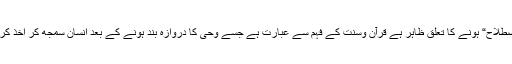
”دینی اصطلاح“ ہونے کا تعلق ظاہر ہے قرآن وسنت کے فہم سے عبارت ہے جسے وحی کا دروازہ بند ہونے کے بعد انسان سمجھ کر اخذ کرتے ہیں۔